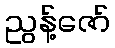
ညွန့်ဇော်